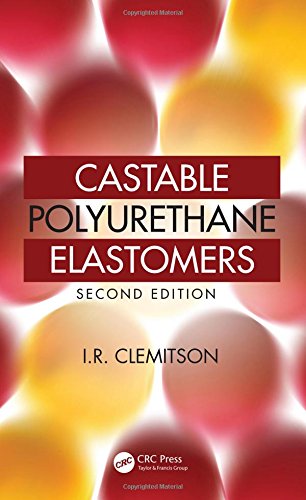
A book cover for Castable Polyurethane Elastomers, Second Edition; I.R. Clemitson; Science & Math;